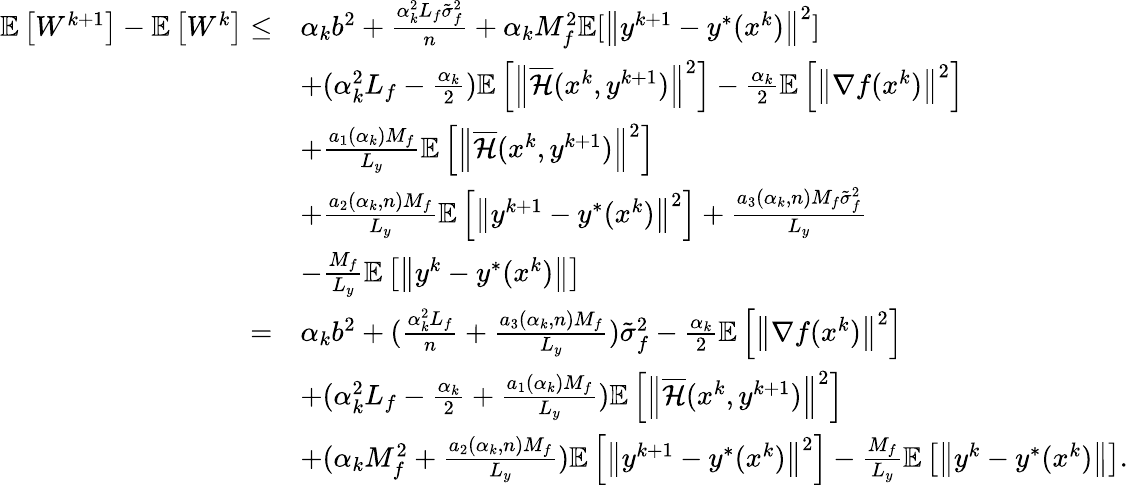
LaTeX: \begin{array}{rl}{\mathbb{E}\left[W^{k+1}\right]-\mathbb{E}\left[W^{k}\right]\leq}&{{\alpha_{k}b^{2}}+\frac{\alpha_{k}^{2}L_{f}\tilde{\sigma}_{f}^{2}}{n}+\alpha_{k}M_{f}^{2}\mathbb{E}[\left\| y^{k+1}-y^{*}(x^{k})\right\| ^{2}]}\\ &{+(\alpha_{k}^{2}L_{f}-\frac{\alpha_{k}}{2})\mathbb{E}\left[\left\| \overline{{\mathcal{H}}}(x^{k},y^{k+1})\right\| ^{2}\right]-\frac{\alpha_{k}}{2}\mathbb{E}\left[\left\| \nabla f(x^{k})\right\| ^{2}\right]}\\ &{+\frac{a_{1}(\alpha_{k})M_{f}}{L_{y}}\mathbb{E}\left[\left\| \overline{{\mathcal{H}}}(x^{k},y^{k+1})\right\| ^{2}\right]}\\ &{+\frac{a_{2}(\alpha_{k},n)M_{f}}{L_{y}}\mathbb{E}\left[\left\| y^{k+1}-y^{*}(x^{k})\right\| ^{2}\right]+\frac{a_{3}(\alpha_{k},n)M_{f}\tilde{\sigma}_{f}^{2}}{L_{y}}}\\ &{-\frac{M_{f}}{L_{y}}\mathbb{E}\left[\left\| y^{k}-y^{*}(x^{k})\right\| \right]}\\ {=}&{{\alpha_{k}b^{2}}+(\frac{\alpha_{k}^{2}L_{f}}{n}+\frac{a_{3}(\alpha_{k},n)M_{f}}{L_{y}})\tilde{\sigma}_{f}^{2}-\frac{\alpha_{k}}{2}\mathbb{E}\left[\left\| \nabla f(x^{k})\right\| ^{2}\right]}\\ &{+(\alpha_{k}^{2}L_{f}-\frac{\alpha_{k}}{2}+\frac{a_{1}(\alpha_{k})M_{f}}{L_{y}})\mathbb{E}\left[\left\| \overline{{\mathcal{H}}}(x^{k},y^{k+1})\right\| ^{2}\right]}\\ &{+(\alpha_{k}M_{f}^{2}+\frac{a_{2}(\alpha_{k},n)M_{f}}{L_{y}})\mathbb{E}\left[\left\| y^{k+1}-y^{*}(x^{k})\right\| ^{2}\right]-\frac{M_{f}}{L_{y}}\mathbb{E}\left[\left\| y^{k}-y^{*}(x^{k})\right\| \right].}\end{array}